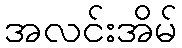
အလင်းအိမ်